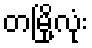
တမြို့လုံး